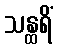
သန္ထရိံ